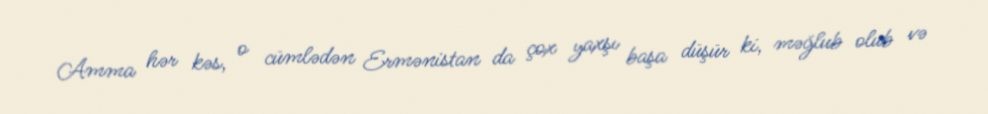
Amma hər kəs, o cümlədən Ermənistan da çox yaxşı başa düşür ki, məğlub olub və